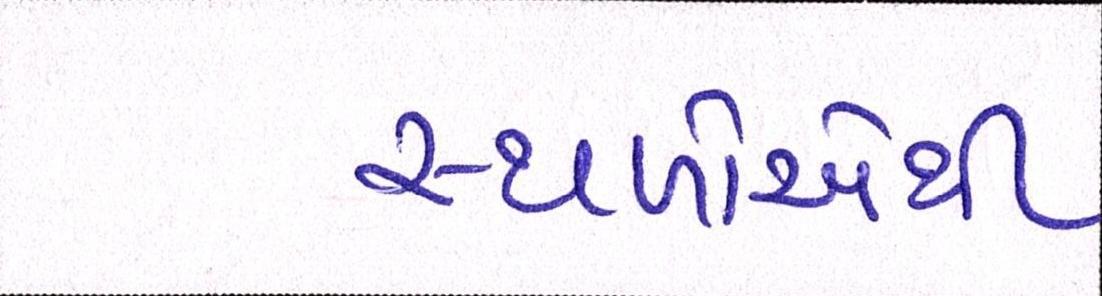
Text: સ્થળોએથી